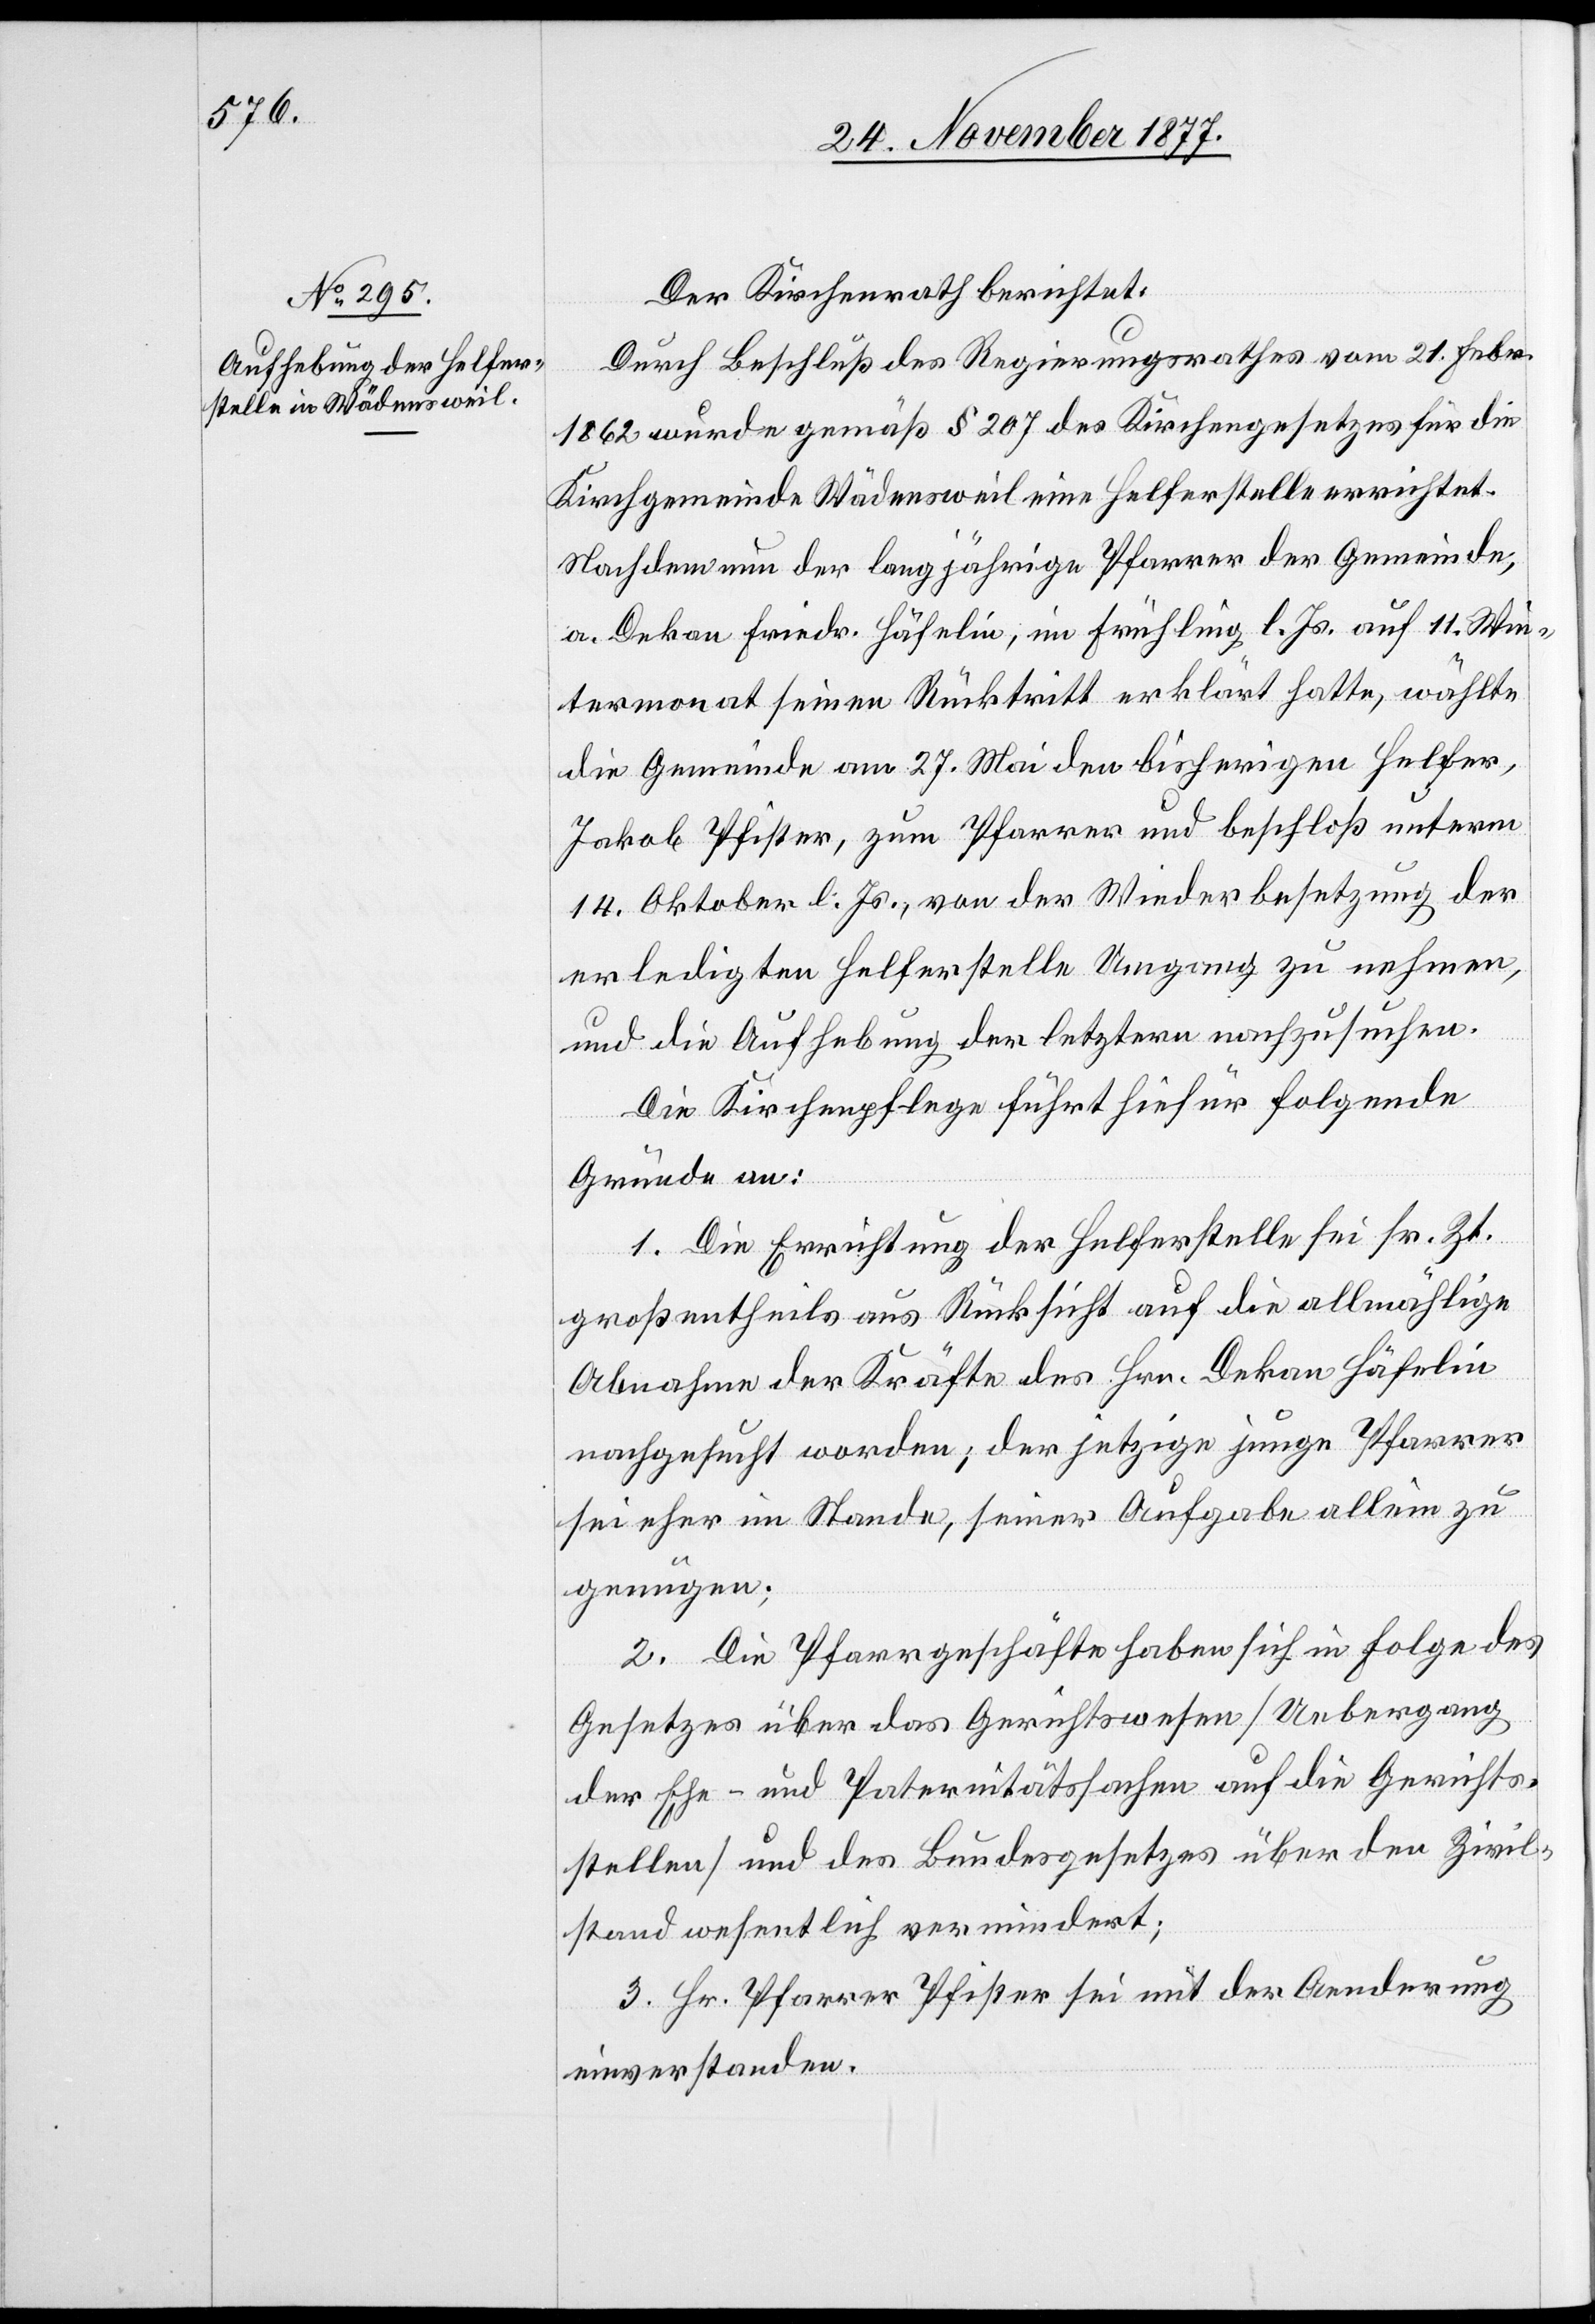
Der Kirchenrath berichtet:
Durch Beschluß des Regierungsrathes vom 21. Febr.
1862 wurde gemäß § 207 des Kirchengesetzes für die
Kirchgemeinde Wädensweil eine Helferstelle errichtet.
Nachdem nun der langjährige Pfarrer der Gemeinde,
a. Dekan Friedr. Häfelin, im Frühling l. Js. auf 11. Win¬
termonat seinen Rücktritt erklärt hatte, wählte
die Gemeinde am 27. Mai den bisherigen Helfer,
Jakob Pfister, zum Pfarrer und beschloß unterm
14. Oktober l. Js., von der Widerbesetzung der
erledigten Helferstelle Umgang zu nehmen,
und die Aufhebung der letztern nachzusuchen.
Die Kirchenpflege führt hiefür folgende
Gründe an:
1. Die Errichtung der Helferstelle sei sr. Zt.
großentheils aus Rücksicht auf die allmählige
Abnahme der Kräfte des Hrn. Dekan Häfelin
nachgesucht worden; der jetzige junge Pfarrer
sei eher im Stande, seiner Aufgabe allein zu
genügen;
2. Die Pfarrgeschäfte haben sich in Folge des
Gesetzes über das Gerichtswesen Uebergang
der Ehe- und Paternitätssachen auf die Gerichts¬
stellen~ und des Bundesgesetzes über den Zivil¬
stand wesentlich vermindert;
3. Hr. Pfarrer Pfister sei mit der Aenderung
einverstanden.